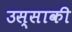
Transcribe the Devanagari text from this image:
उस्साकी